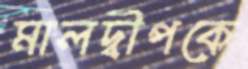
মালদ্বীপকে